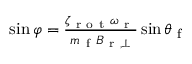
\begin{array} { r } { \sin \varphi = \frac { \zeta _ { \mathrm { ~ r ~ o ~ t ~ } } \omega _ { \mathrm { ~ r ~ } } } { m _ { \mathrm { ~ f ~ } } B _ { \mathrm { ~ r ~ } , \perp } } \sin \theta _ { \mathrm { ~ f ~ } } } \end{array}